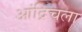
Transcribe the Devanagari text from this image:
आंद्रिचला